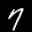
Label: 7